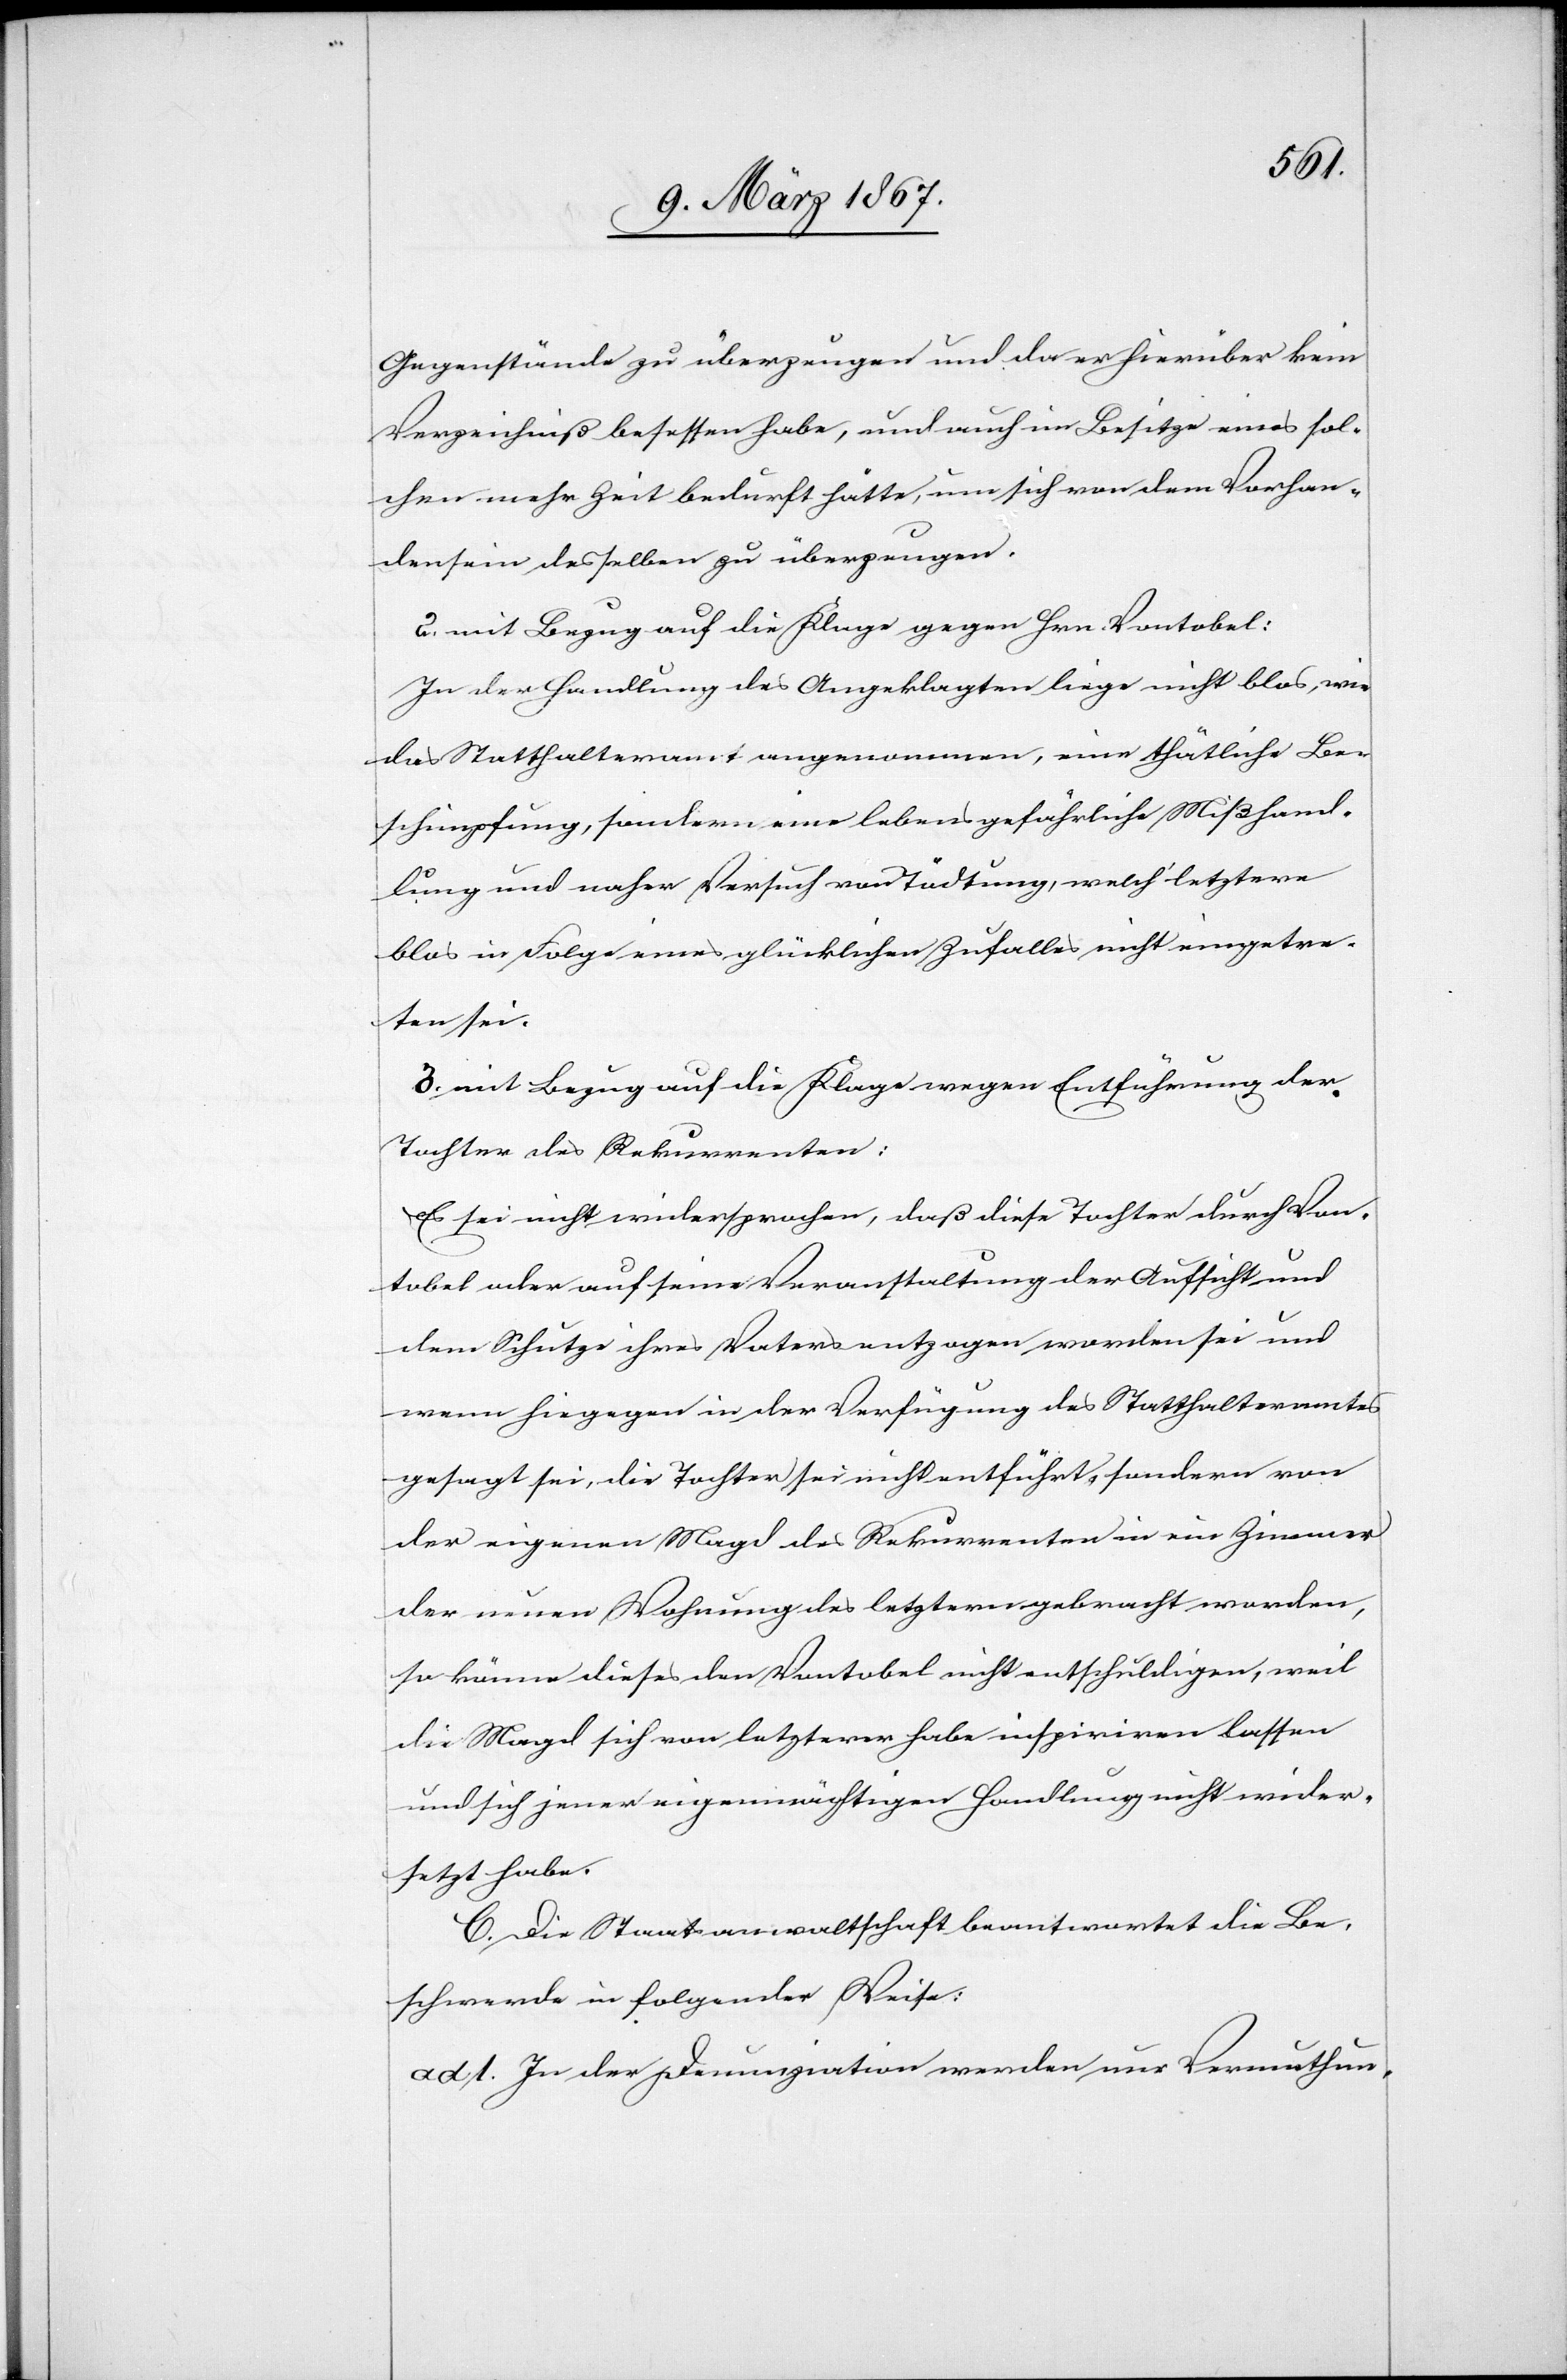
Gegenstände zu überzeugen und da er hierüber kein
Verzeichniß besessen habe, und auch im Besitze eines sol¬
chen mehr Zeit bedurft hätte, um sich von dem Vorhan¬
densein desselben zu überzeugen.
2. mit Bezug auf die Klage gegen Hrn. Vontobel:
In der Handlung des Angeklagten liege nicht blos, wie
das Statthalteramt angenommen, eine thätliche Be¬
schimpfung, sondern eine lebensgefährliche Mißhand¬
lung und naher Versuch von Tödtung welch’ letztere
blos in Folge eines glücklichen Zufalles nicht eingetre¬
ten sei.
3. mit Bezug auf die Klage wegen Entführung der
Tochter des Rekurrenten:
Es sei nicht widersprochen, daß diese Tochter durch Von¬
tobel oder auf seine Veranstaltung der Aufsicht und
dem Schutze ihres Vaters entzogen worden sei und
wenn hiegegen in der Verfügung des Statthalteramtes
gesagt sei, die Tochter sei nicht entführt, sondern von
der eigenen Magd des Rekurrenten in ein Zimmer
der neuen Wohnung des letztern gebracht worden,
so könne diese den Vontobel nicht entschädigen, weil
die Magd sich von letzterer habe inspiriren lassen
und sich jener eigenmächtigen Handlung nicht wider¬
setzt habe.
C. Die Staatsanwaltschaft beantwortet die Be¬
schwerde in folgender Weise:
ad 1.	In der Denunziation werden nur Vermuthun-